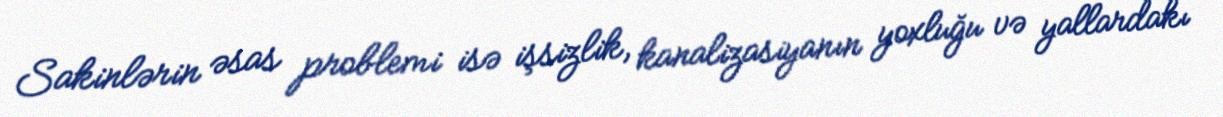
Sakinlərin əsas problemi isə işsizlik, kanalizasiyanın yoxluğu və yallardakı